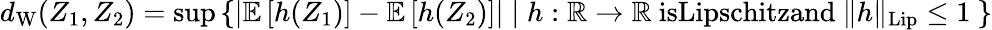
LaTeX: \begin{array}{r}{d_{\textup{W}}(Z_{1},Z_{2})={\operatorname*{sup}}\left\{ \left|\mathbb{E}\left[h(Z_{1})\right]-\mathbb{E}\left[h(Z_{2})\right]\right|\mid h:\mathbb{R}\rightarrow\mathbb{R}\ \textup{isLipschitzand}\ \| h\| _{\textup{Lip}}\leq 1\ \right\} }\end{array}